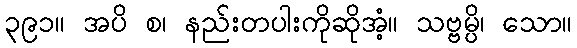
၃၉၁။ အပိ စ၊ နည်းတပါးကိုဆိုအံ့။ သဗ္ဗမ္ပိ၊ သော။